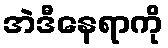
အဲဒီနေရာကို